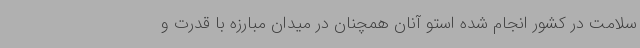
سلامت در کشور انجام شده استو آنان همچنان در میدان مبارزه با قدرت و